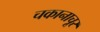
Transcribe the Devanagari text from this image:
चकानाचूर